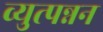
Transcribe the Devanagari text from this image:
व्युत्पन्नन